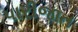
પારીજાત